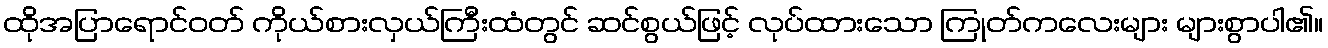
ထိုအပြာရောင်ဝတ် ကိုယ်စားလှယ်ကြီးထံတွင် ဆင်စွယ်ဖြင့် လုပ်ထားသော ကြုတ်ကလေးများ များစွာပါ၏။